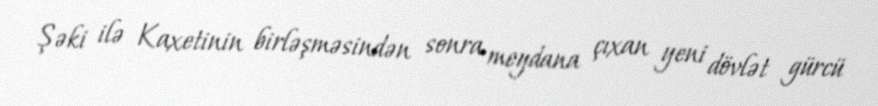
Şəki ilə Kaxetinin birləşməsindən sonra meydana çıxan yeni dövlət gürcü